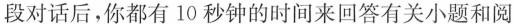
段对话后,你都有 10 秒钟的时间来回答有关小题和阅